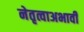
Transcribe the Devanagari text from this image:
नेतृत्वाअभावी